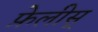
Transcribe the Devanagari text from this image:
फ़ेलीस्